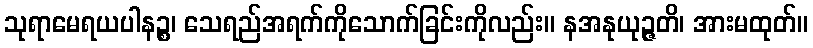
သုရာမေရယပါနဉ္စ၊ သေရည်အရက်ကိုသောက်ခြင်းကိုလည်း။ နအနုယုဉ္ဇတိ၊ အားမထုတ်။